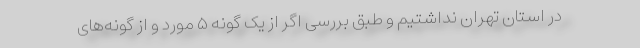
در استان تهران نداشتیم و طبق بررسی اگر از یک گونه ۵ مورد و از گونه‌های